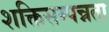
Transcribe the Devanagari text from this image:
शक्तिसम्पन्नता